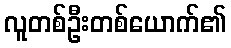
လူတစ်ဦးတစ်ယောက်၏